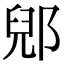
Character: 郳